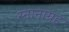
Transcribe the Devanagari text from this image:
स्नानाग्रह